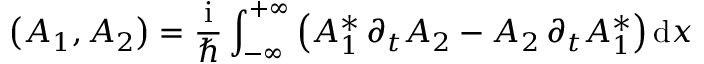
\left( A _ { 1 } , A _ { 2 } \right) = \frac { \mathrm { i } } { \hbar } \int _ { - \infty } ^ { + \infty } \left( A _ { 1 } ^ { * } \, \partial _ { t } A _ { 2 } - A _ { 2 } \, \partial _ { t } A _ { 1 } ^ { * } \right) \mathrm { d } x